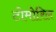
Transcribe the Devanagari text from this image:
टोमोरिल